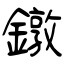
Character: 鐓